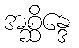
အစ္ဆိန္ဒေ